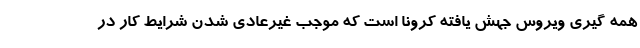
همه گیری ویروس جهش یافته کرونا است که موجب غیرعادی شدن شرایط کار در